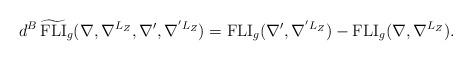
LaTeX: \begin{align*}d^B\,\widetilde{\mathrm{FLI}}_g(\nabla, \nabla^{L_Z}, \nabla', \nabla^{'L_Z})=\mathrm{FLI}_g(\nabla', \nabla^{'L_Z})-\mathrm{FLI}_g(\nabla, \nabla^{L_Z}).\end{align*}